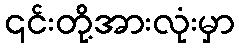
၎င်းတို့အားလုံးမှာ